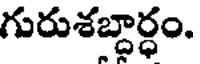
గురుశబ్దార్ధం.